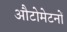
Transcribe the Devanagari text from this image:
औटोमेटनों